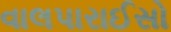
વાલપારાઈસો